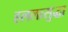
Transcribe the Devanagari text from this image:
हललासुद्धा